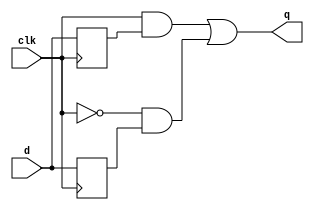
module top_module (
    input clk,
    input d,
    output q
);
    reg temp1, temp2;
    
    always @(posedge clk)
        temp1 <= d;
    always @(negedge clk)
        temp2 <= d;
    
    always @(*)
        q = (clk & temp1) | (~clk & temp2);
    
endmodule